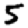
Digit: 5